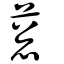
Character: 䓗